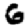
Digit: 6